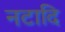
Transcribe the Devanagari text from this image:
नटादि